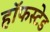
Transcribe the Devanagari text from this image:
हॉफस्टेड